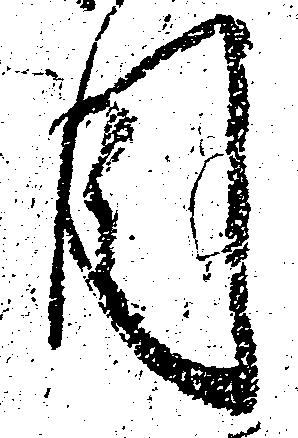
目